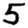
Digit: 5